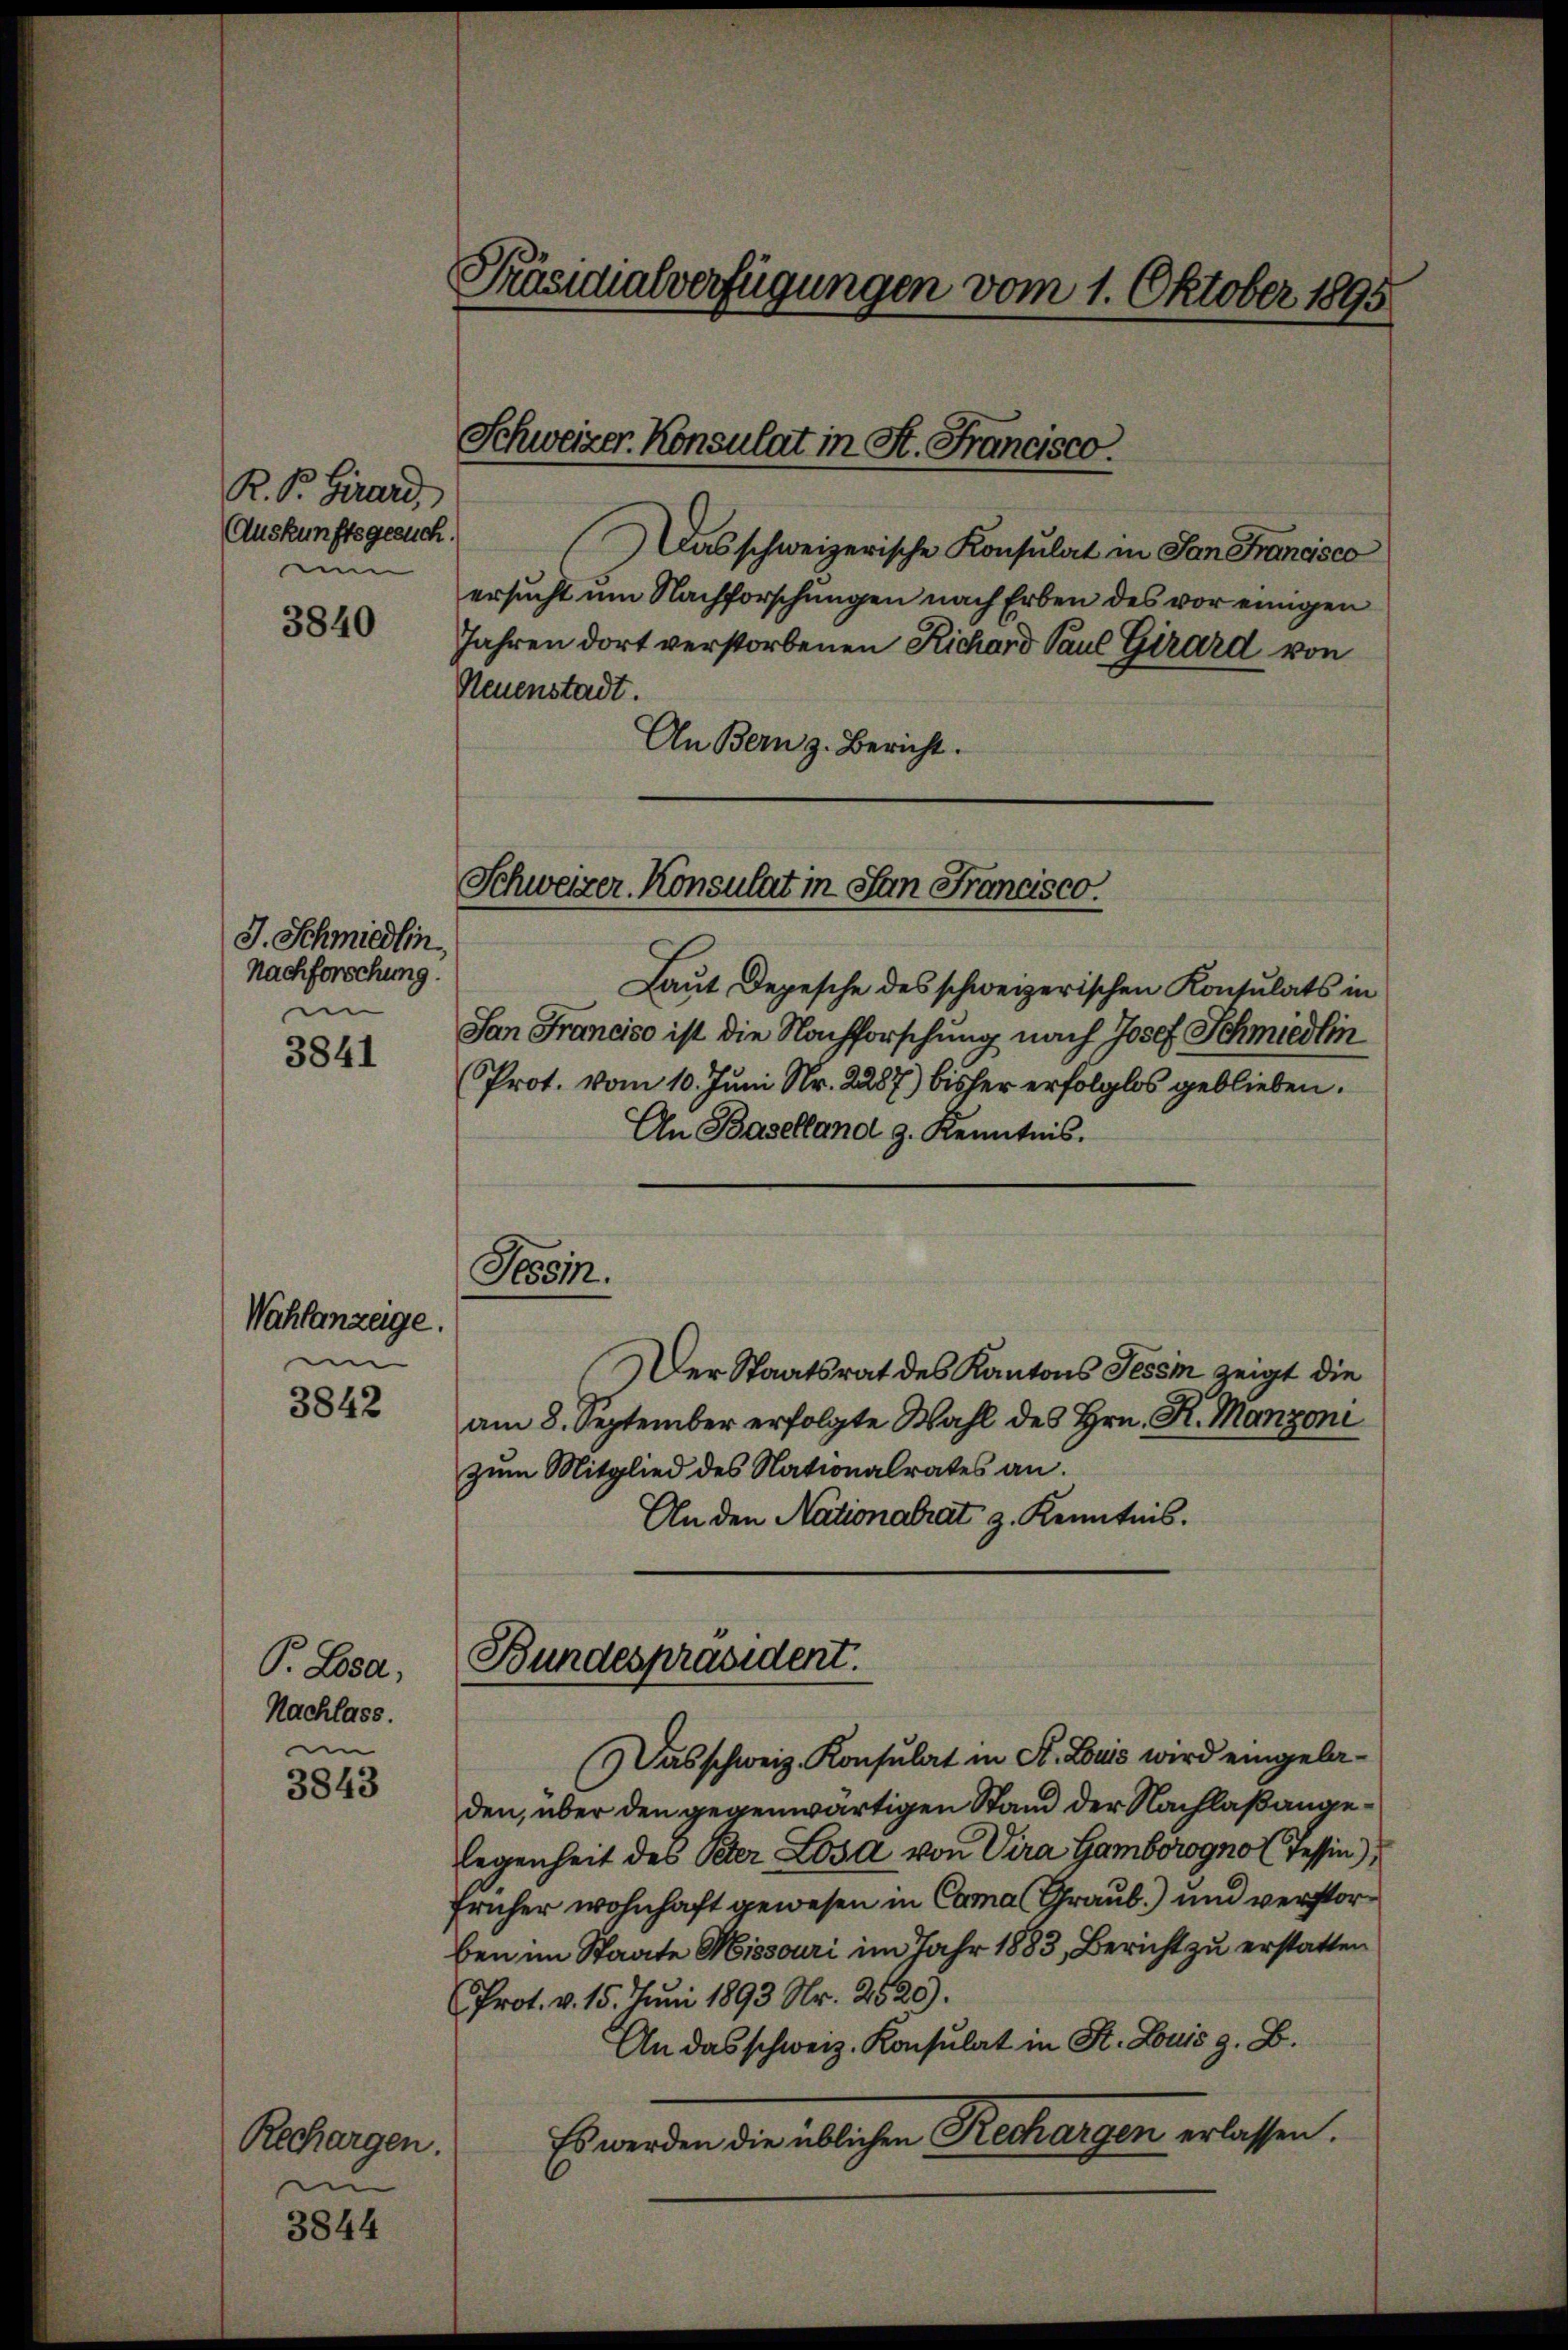
R. Dr. Girard,
Auskunftsgesuch.
u

J. Schmiedlin
Nachforschung.
i

Wahlanzeige.
en
3842

P. Losa,
Nachlass.
im

Rechargen.
i

3840

3841

3843

3844

Präsidialverfügungen vom 1. Oktober 1895

Schweizer. Konsulat in St. Francisco.

Das schweizerische Konsulat in San Francisco
ersucht um Nachforschungen nach Erben des vor einigen
Jahren dort verstorbenen Richard Paul Girard von
Neuenstadt.
An Bern z. Bericht.

Schweizer. Konsulat in San Francisco.

Tessin.

Laut Depesche des schweizerischen Konsulats in
San Francico ist die Nachforschung nach Josef Schmiedlin
Prot. vom 10. Juni Nr. 2287) bisher erfolglos geblieben.
An Baselland g. Kenntnis.

Der Staatsrat des Kantons Tessm zeigt die
am 8. September erfolgte Wahl des Hrn. K. Manzoni
zum Mitglied des Nationalrates an.
An den Nationalrat z. Kenntnis.

Bundespräsident.

Das schweiz. Konsulat in St. Louis wird eingeladen, über den gegenwärtigen Stand der Nachlaßangelegenheit des Peter Losa von Vira Gamborogno (Tessin),
früher wohnhaft gewesen in Coma (Graub.) und verstorben im Staate Missouri im Jahr 1883, Bericht zu erstatten
Prot. v. 15. Juni 1893 Nr. 2525).
An das schweiz. Konsulat in St. Louis z. B.
Es werden die üblichen Rechargen erlassen.